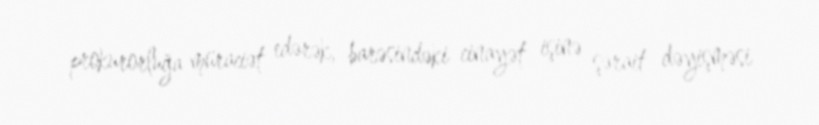
prokurorluğa müraciət edərək, barəsindəki cinayət işinə şərait dəyişməsi